Ajakirja_Uliopilasleht_toimetus, lk 28
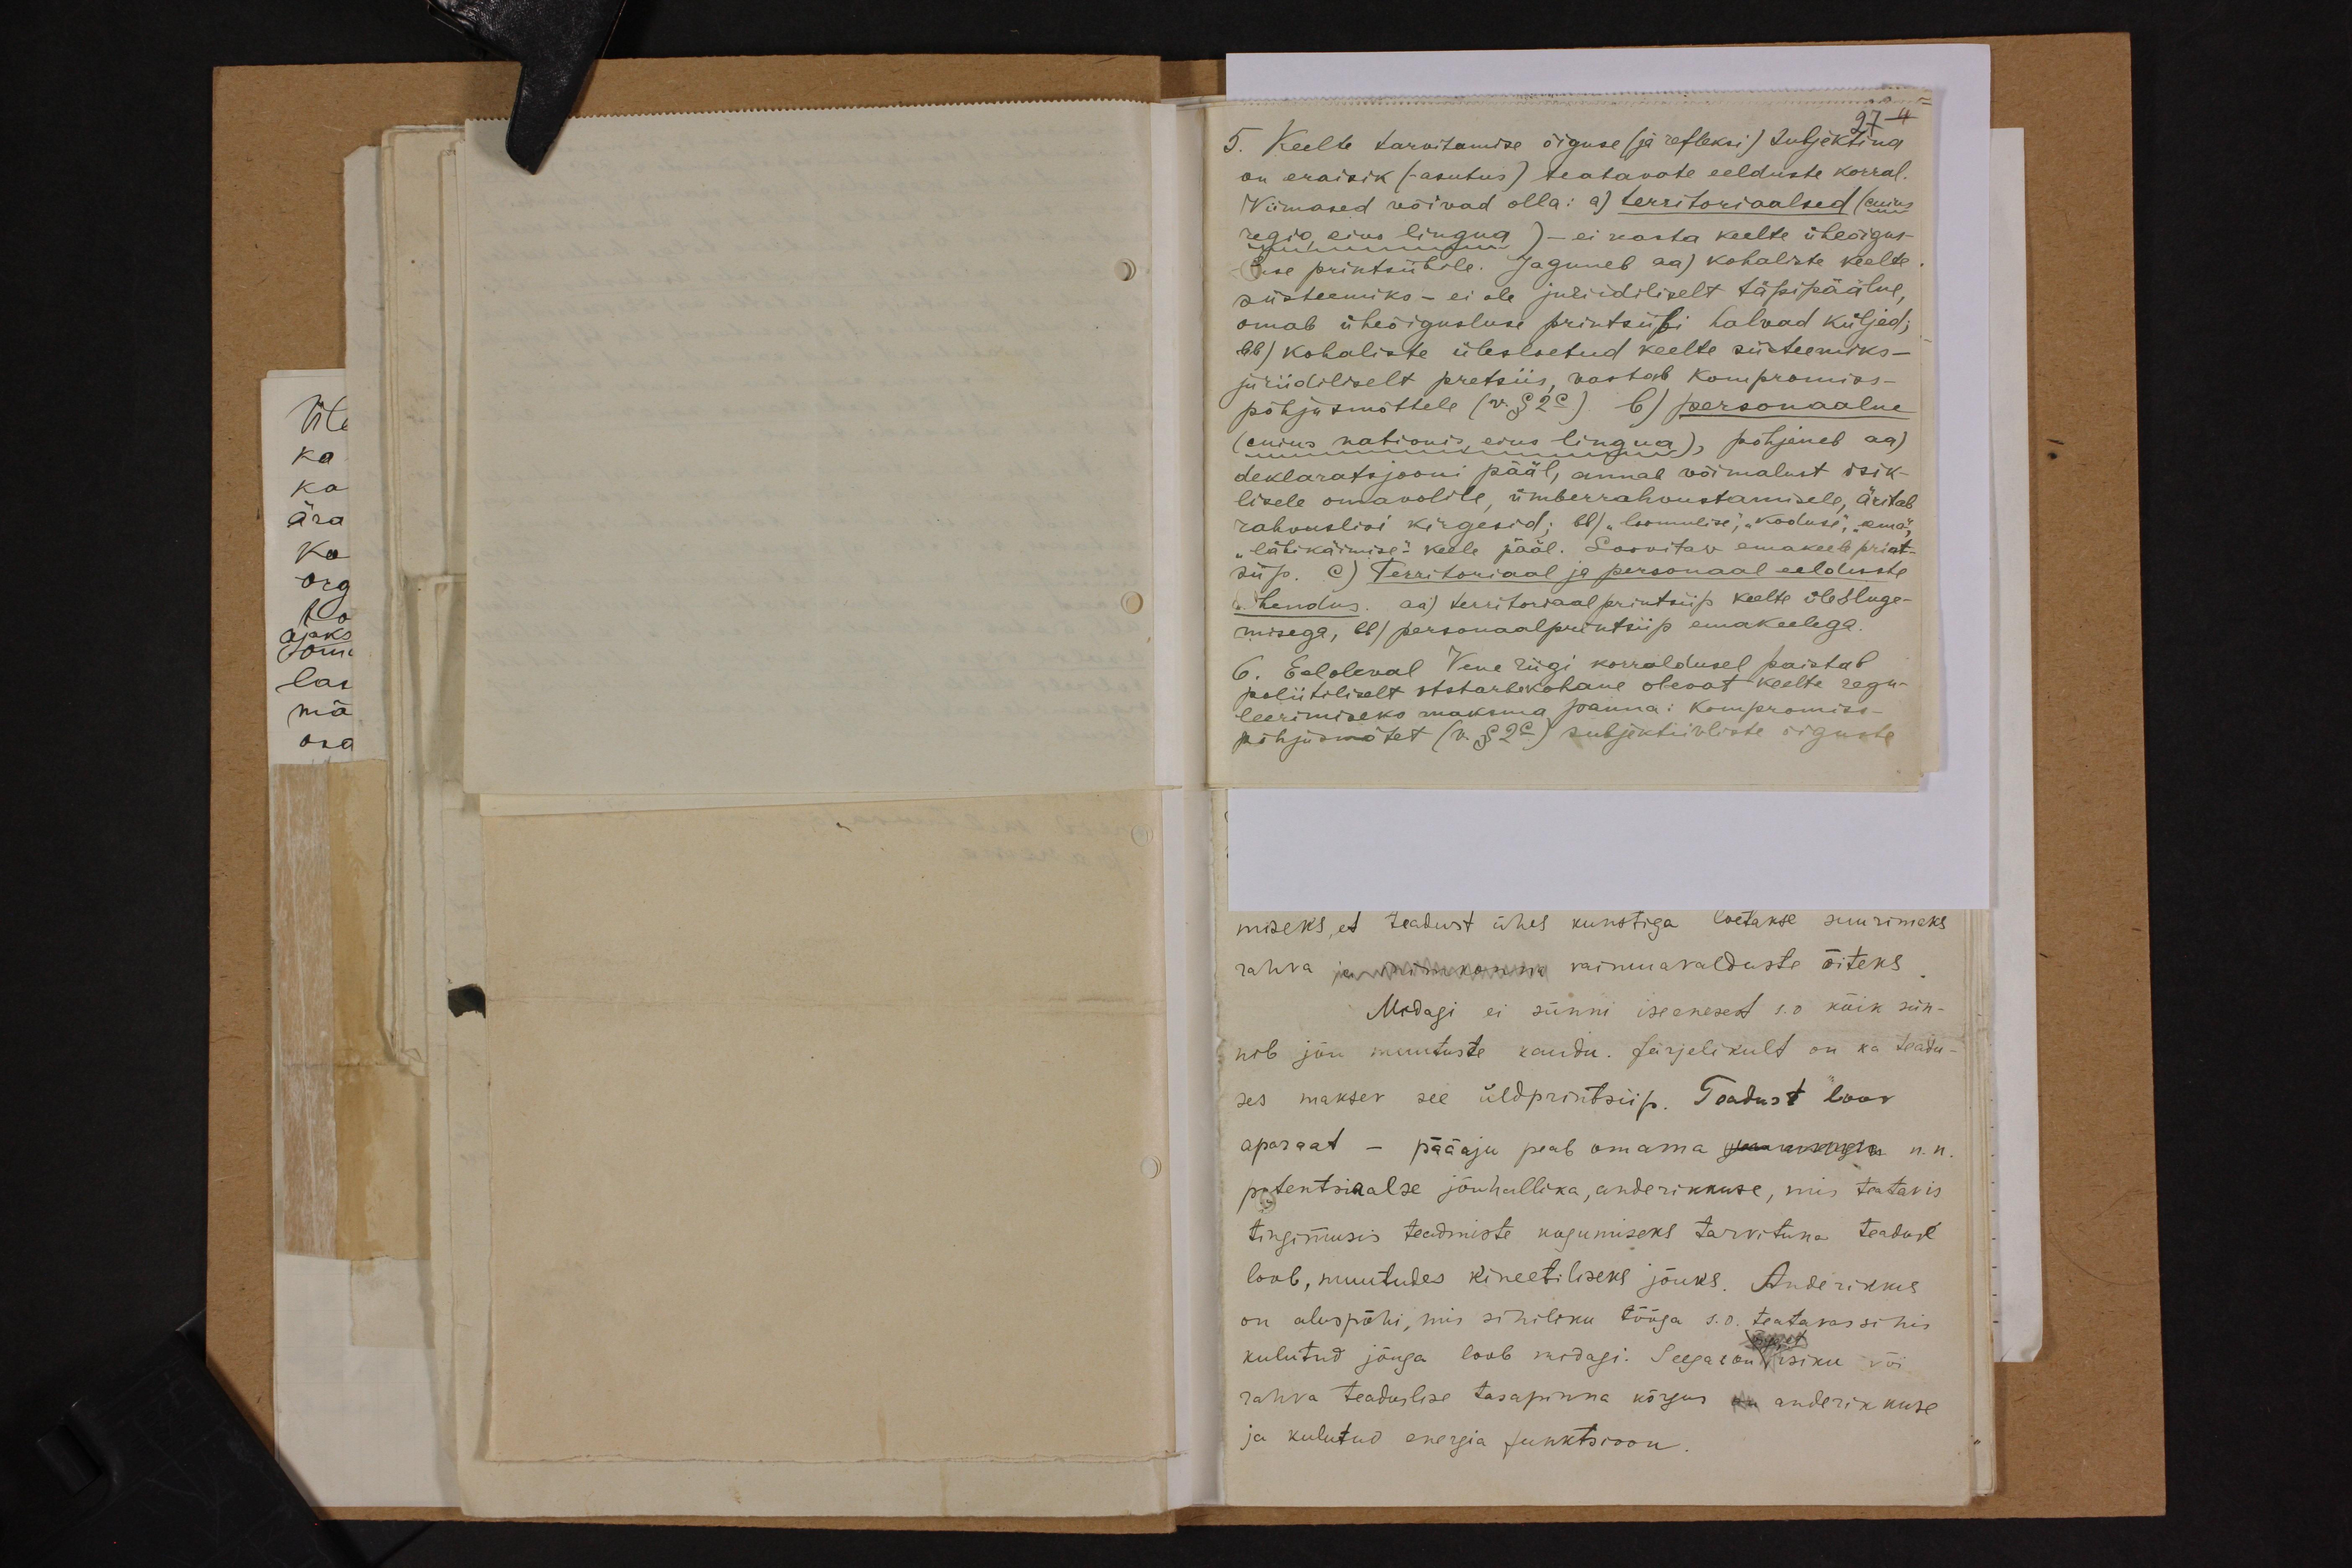
27
5. Keelte tarvitamise õiguse (ja refleksi) subjektina
on eraisik (-asutus) teatavate eelduste korral.
Viimased võivad olla: a) territoriaalsed (cuius-
regio eius lingua) - ei vasta keelte üheõigus-
luse printsiibile. Jaguneb aa) kohaliste keelte
süsteemiks - ei ole juriidiliselt täpipäälne,
omab üheõigusluse printsiibi halvad küljed;
bb) kohaliste ülesloetud keelte süsteemiks-
juriidiliselt pretsiis, waatab kompromiss-
põhjusmõttele (v. §2c). b) personaalne
(cuius nationis, eius lingua), põhjeneb aa)
deklaratsjooni pääl, annab võimalust isik-
lisele omavolile, ümberrahvustamisele, äritab
rahvuslisi kirgesid; bb) "loomulise", "koduse", "oma"
"läbikäimise" keele pääl. Soovitav emakeele print-
siip. c) Territoriaal ja personaal eelduste
ühendus. aa) territoriaalprintsiip keelte ülesluge-
misega, bb) personaalprintsiip emakeelega.
6. Eeloleval Vene riigi korraldusel paistab
poliitiliselt otstarbekohane olevat keelte regu-
leerimiseks maksma panna: kompromiss-
põhjutmist (v. § 2c) subjektiivliste õiguste